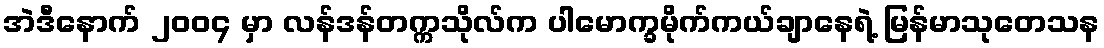
အဲဒီနောက် ၂၀၀၄ မှာ လန်ဒန်တက္ကသိုလ်က ပါမောက္ခမိုက်ကယ်ချာနေရဲ့ မြန်မာသုတေသန